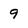
Character: 9